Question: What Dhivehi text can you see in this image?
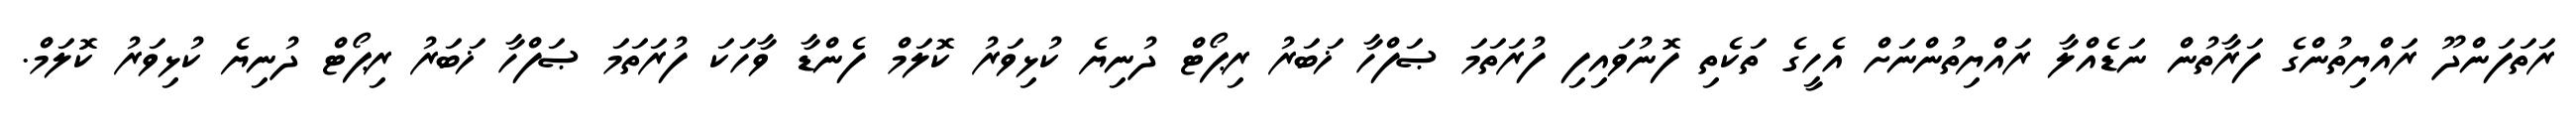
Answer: ރަތަފަންދޫ ރައްޔިތުންގެ ފަރާތުން ނަޑެއްލާ ރައްޔިތުންނަށް އެހީގެ ތަކެތި ފޮނުވައިފި ފުރަތަމަ ޞަފްހާ ޚަބަރު ރިޕޯޓް ދުނިޔެ ކުޅިވަރު ކޮލަމް ފެންޑާ ވާހަކަ ފުރަތަމަ ޞަފްހާ ޚަބަރު ރިޕޯޓް ދުނިޔެ ކުޅިވަރު ކޮލަމް.